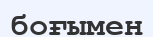
боғымен